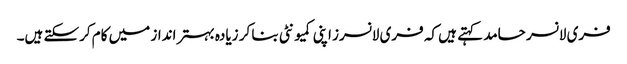
فری لانسر حامد کہتے ہیں کہ فری لانسرز اپنی کمیونٹی بنا کر زیادہ بہتر انداز میں کام کرسکتے ہیں۔